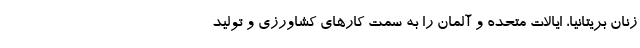
زنان بریتانیا، ایالات متحده و آلمان را به سمت کارهای کشاورزی و تولید